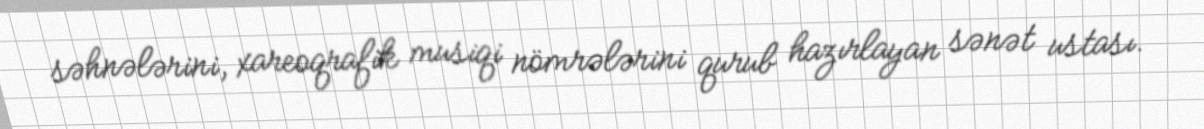
səhnələrini, xareoqrafik musiqi nömrələrini qurub hazırlayan sənət ustası.